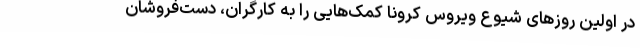
در اولین روزهای شیوع ویروس کرونا کمک‌هایی را به کارگران، دست‌فروشان